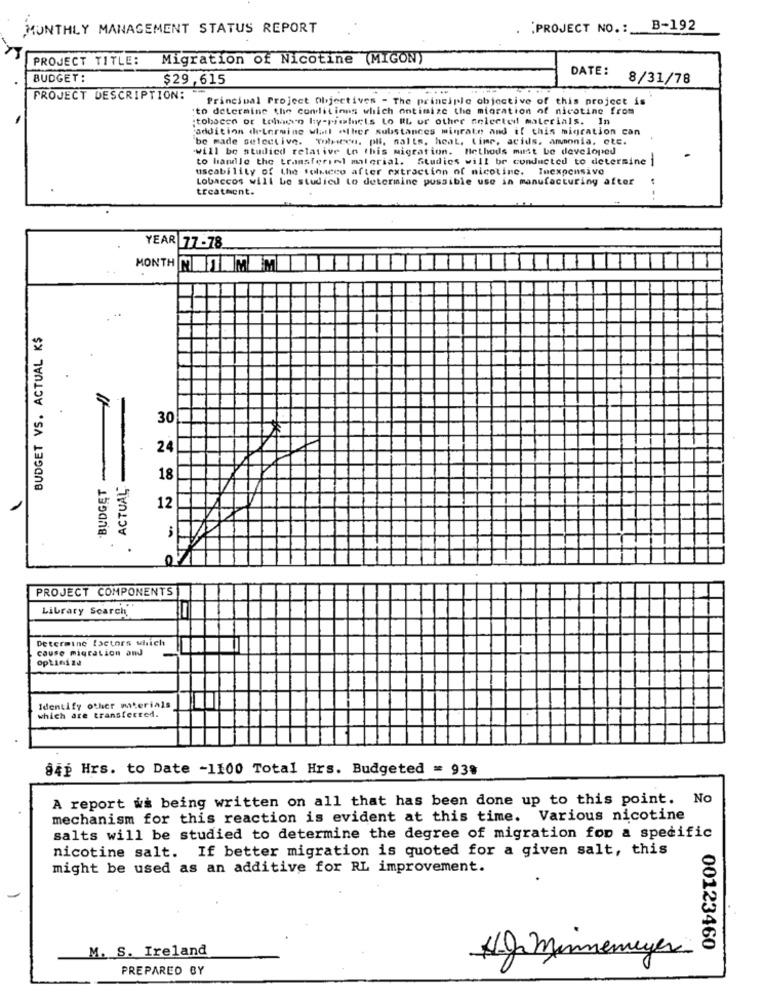
MONTHLY MANAGEMENT STATUS REPORT
PROJECT NO .: B-192
PROJECT TITLE: Migration of Nicotine (MIGON)
DATE:
BUDGET:
$29,615
8/31/78
PROJECT DESCRIPTION: "
Principal Project Objectives - The principle objective of this project is
to determine the conditions which ontimize the migration of nicotine from
;tobacco or tobacco hy-riolnets Lo RL or other selected materials. In
addition determine what other substances migrate and if this migration can
be made selective. Totrees. pli, salts, heat, time, acids, ammonia, etc.
will be studied relative to this migration. Methods must be developed
to handle the transferiel material. Studies will be conducted to determine
-
uscability of the toliceo after extraction of nicotine. Inexpensive
Lobaccos will be studied to determine possible use in manufacturing after
treatment.
YEAR 77-78
MONTH NTMEM
BUDGET VS. ACTUAL K$
30
24
BUDGET
. ACTUAL
18
12
.
0
PROJECT COMPONENTS
Library Search
Determine factors which
cause migration and
optimize
which are transferred.
Identify other materials
§4p Hrs. to Date -1100 Total Hrs. Budgeted = 93%
A report wa being written on all that has been done up to this point. No
mechanism for this reaction is evident at this time. Various nicotine
salts will be studied to determine the degree of migration for a specific
nicotine salt. If better migration is quoted for a given salt, this
might be used as an additive for RL improvement.
M. S. Ireland
00123460
4g minnemeyer
PREPARED BY